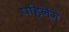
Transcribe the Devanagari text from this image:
पहिनेंगे